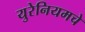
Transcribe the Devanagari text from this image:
युरेनियमचे